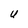
Character: U